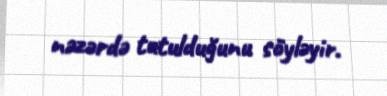
nəzərdə tutulduğunu söyləyir.